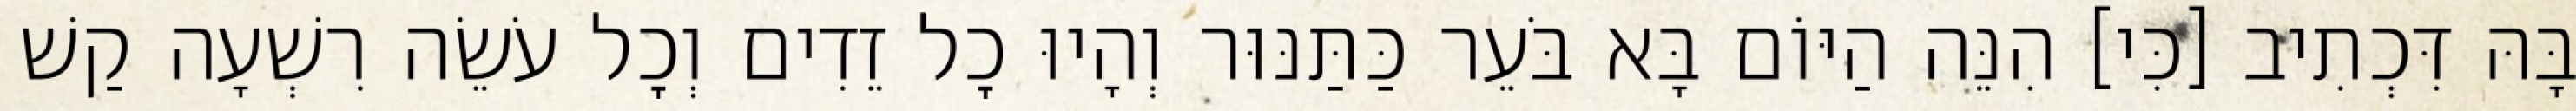
בָּהּ דִּכְתִיב [כִּי] הִנֵּה הַיּוֹם בָּא בֹּעֵר כַּתַּנּוּר וְהָיוּ כׇל זֵדִים וְכׇל עֹשֵׂה רִשְׁעָה קַשׁ